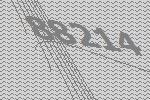
88214